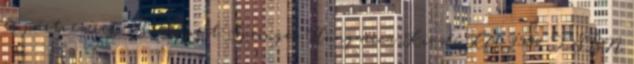
és pártvezérek. Budapest: Springer Hungarica Kiadó Kft. 1994. ISBN